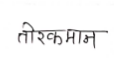
मजकूर: तीरकमान